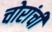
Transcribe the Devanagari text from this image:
चोरांची